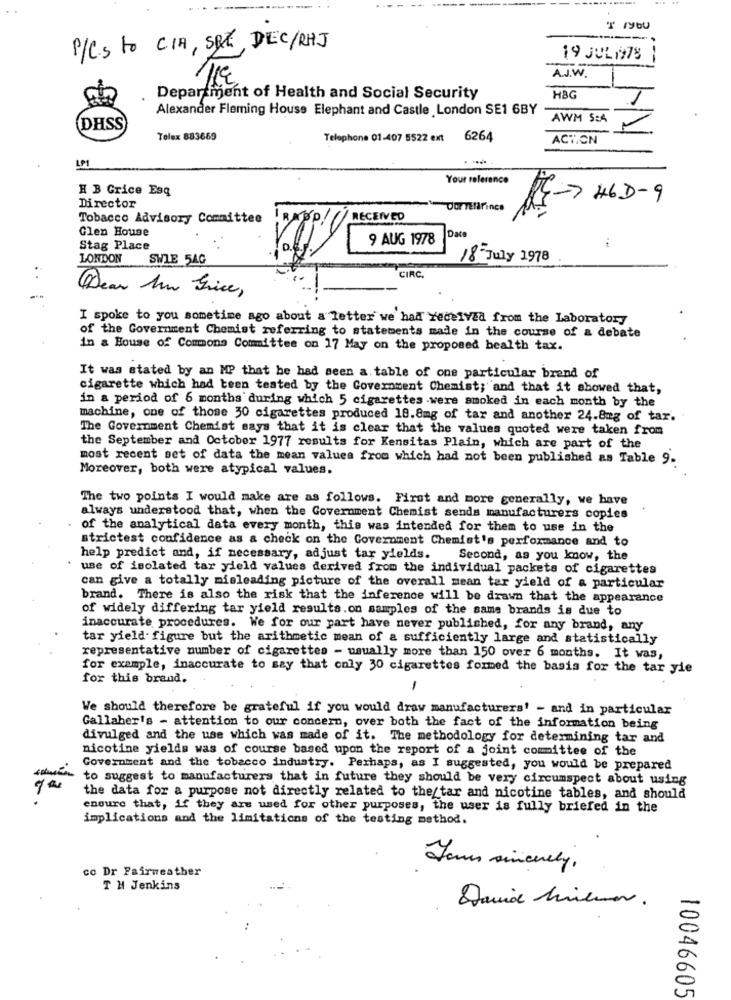
P/CS to CIA, SAT, DEC/RHJ
19 JUL 1978
A.J.W.
Department of Health and Social Security
HBG
Alexander Fleming House Elephant and Castle London SE1 6BY
AWM S:A
(DHSS
Tolex 883669
Telephone 01-407 5522 ext
6264
ACTION
LP1
Your reference
H B Grice Esq
Director
Our TERIrince
KC-7 H6D-9
Tobacco Advisory Committee
RECEIVED
Glen House
Date
9 AUG 1978
Stag Place
LONDON
SWIE 5AG
18 July 1978
CIRC
Dear hm Trice ,
I spoke to you sometime ago about a letter we had received from the Laboratory
of the Government Chemist referring to statements made in the course of a debate
in a House of Commons Committee on 17 May on the proposed health tax.
It was stated by an MP that he had seen a table of one particular brand of
cigarette which had been tested by the Government Chemist; and that it showed that,
in a period of 6 months during which 5 cigarettes were smoked in each month by the
machine, one of those 30 cigarettes produced 18.8mg of tar and another 24.8mg of tar.
The Government Chemist says that it is clear that the values quoted were taken from
the September and October 1977 results for Kensitas Plain, which are part of the
most recent set of data the mean values from which had not been published as Table 9.
Moreover, both were atypical values.
The two points I would make are as follows. First and more generally, we have
always understood that, when the Government Chemist sends manufacturers copies
of the analytical data every month, this was intended for them to use in the
strictest confidence as a check on the Government Chemist's performance and to
help predict and, if necessary, adjust tar yields.
Second, as you know, the
use of isolated tar yield values derived from the individual packets of cigarettes
can give a totally misleading picture of the overall mean tar yield of a particular
brand. There is also the risk that the inference will be drawn that the appearance
of widely differing tar yield results.on samples of the sams brands is due to
inaccurate procedures. We for our part have never published, for any brand, any
tar yield figure but the arithmetic mean of a sufficiently large and statistically
representative number of cigarettes - usually more than 150 over 6 months. It was,
for example, inaccurate to say that only 30 cigarettes formed the basis for the tar yie
for this brand.
1
We should therefore be grateful if you would draw manufacturers' - and in particular
Gallaher's - attention to our concern, over both the fact of the information being
divulged and the use which was made of it. The methodology for determining tar and
nicotine yields was of course based upon the report of a joint committee of the
Government and the tobacco industry. Perhaps, as I suggested, you would be prepared
to suggest to manufacturers that in future they should be very circumspect about using
the data for a purpose not directly related to the_tar and nicotine tables, and should
ensure that, if they are used for other purposes, the user is fully briefed in the
implications and the limitations of the testing method.
co Dr Fairweather
T H Jenkins
David lineman.
10046605